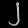
Digit: ၂